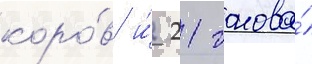
коро́в и́ 21 голова́